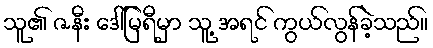
သူ၏ ဇနီး ဒေါ်မြရီမှာ သူ့ အရင် ကွယ်လွန်ခဲ့သည်။